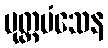
ပုတ္တမံသေန